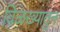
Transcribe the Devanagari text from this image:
विळख्यातुन